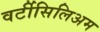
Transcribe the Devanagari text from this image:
वर्टीसिलिअम